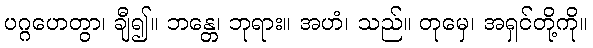
ပဂ္ဂဟေတွာ၊ ချီ၍။ ဘန္တေ၊ ဘုရား။ အဟံ၊ သည်။ တုမှေ၊ အရှင်တို့ကို။